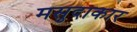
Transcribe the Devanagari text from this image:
मसुदाकार